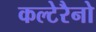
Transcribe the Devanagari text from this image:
कल्टेरैनो